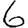
Digit: 6